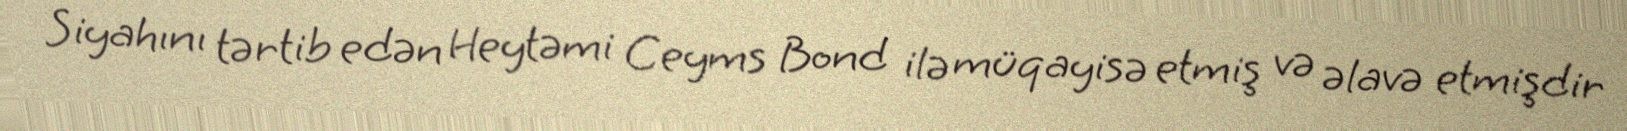
Siyahını tərtib edən Heytəmi Ceyms Bond ilə müqayisə etmiş və əlavə etmişdir